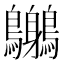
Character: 𪈨